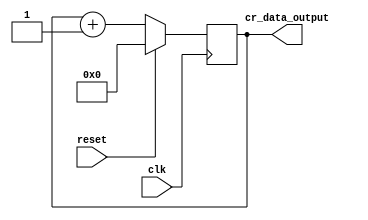
module counter_reg(
    input clk, /* sinal de clock */
    input reset, /* seta o valor do counter para 0 quando ativado */
    output reg[3:0] cr_data_output); /* valor do counter */

    always @ (posedge clk) begin 
        if(reset) /* reset aitvo, cr_data_output recebe 0 */
            cr_data_output <= 0;  
        else /* reset inativo, cr_data_output recebe seu valor incrementado de 1 */
            cr_data_output <= cr_data_output + 1;
    end
endmodule